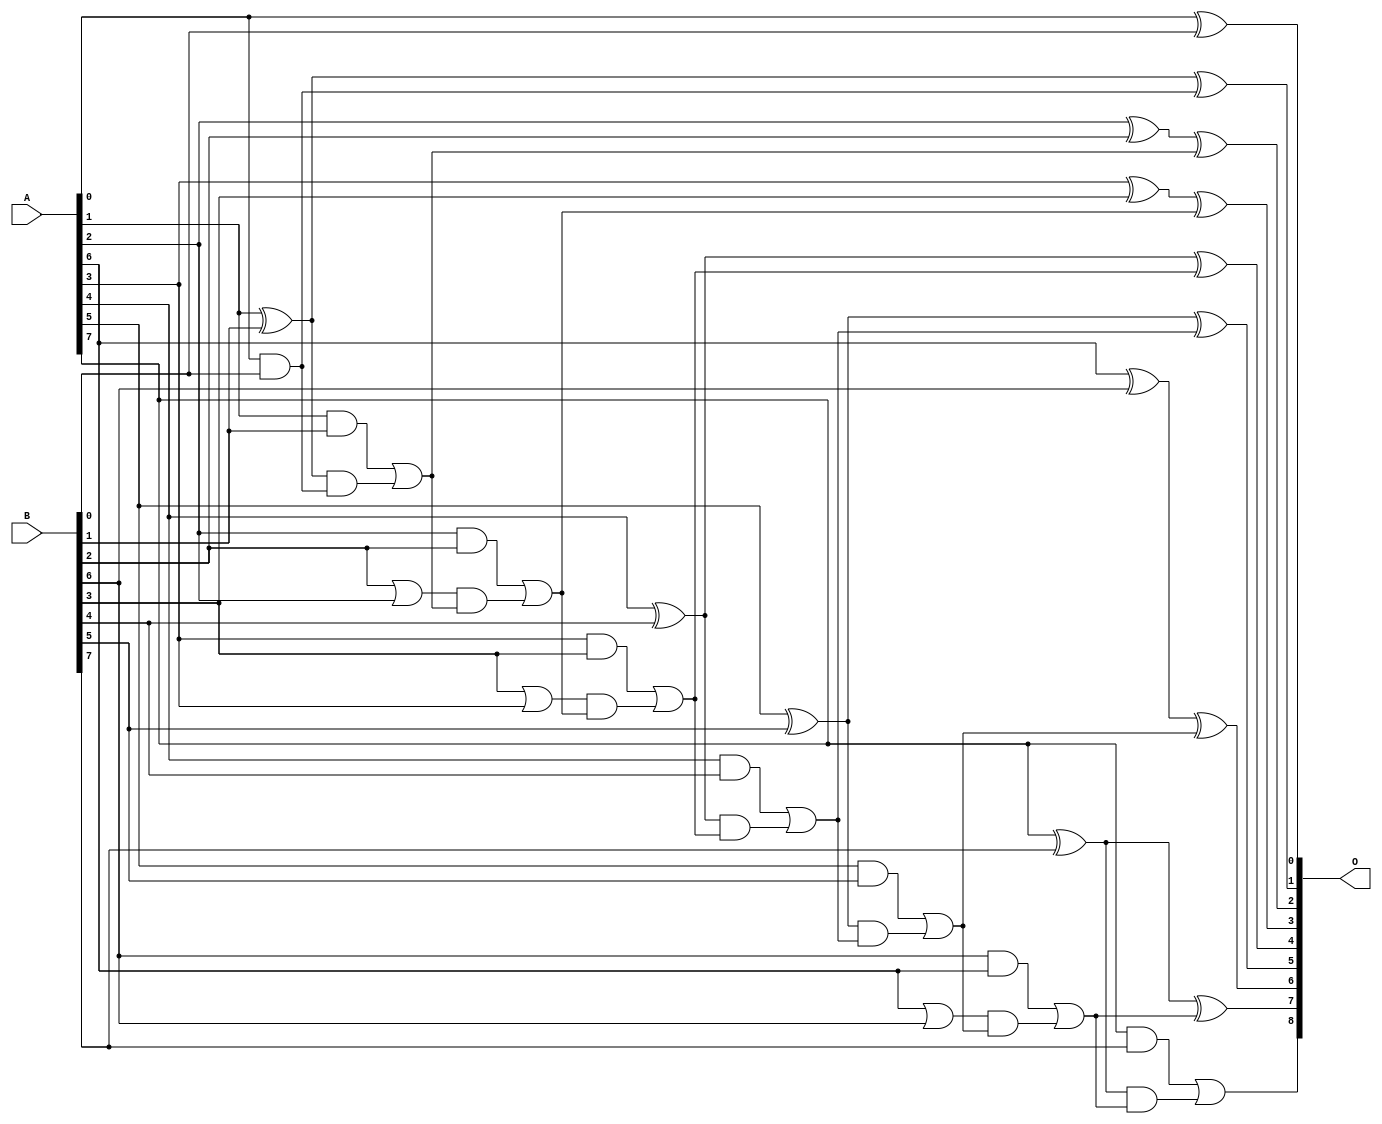
/***
* This code is a part of EvoApproxLib library (ehw.fit.vutbr.cz/approxlib) distributed under The MIT License.
* When used, please cite the following article(s): PRABAKARAN B. S., MRAZEK V., VASICEK Z., SEKANINA L., SHAFIQUE M. ApproxFPGAs: Embracing ASIC-based Approximate Arithmetic Components for FPGA-Based Systems. DAC 2020. 
***/
// MAE% = 0.00 %
// MAE = 0 
// WCE% = 0.00 %
// WCE = 0 
// WCRE% = 0.00 %
// EP% = 0.00 %
// MRE% = 0.00 %
// MSE = 0 
// FPGA_POWER = 0.36
// FPGA_DELAY = 7.2
// FPGA_LUT = 11

module add8u_3LC(A, B, O);
  input [7:0] A, B;
  output [8:0] O;
  wire n_199, n_194, n_118, n_37, n_21, n_46, n_26, n_43, n_151, n_48;
  wire n_161, n_80, n_86, n_145, n_64, n_63, n_140, n_129, n_205, n_102;
  wire n_107, n_183, n_188, n_8, n_9, n_4, n_5, n_6, n_7, n_0;
  wire n_1, n_2, n_3, n_32, n_35, n_19, n_16, n_14, n_15, n_12;
  wire n_13, n_10, n_11, n_172, n_97, n_59, n_91, n_53, n_178, n_113;
  wire n_70, n_156, n_210, n_75, n_124, n_134;
  assign n_0 = A[0];
  assign n_1 = A[1];
  assign n_2 = A[2];
  assign n_3 = A[3];
  assign n_4 = A[4];
  assign n_5 = A[5];
  assign n_6 = A[6];
  assign n_7 = A[7];
  assign n_8 = B[0];
  assign n_9 = B[1];
  assign n_10 = B[2];
  assign n_11 = B[3];
  assign n_12 = B[4];
  assign n_13 = B[5];
  assign n_14 = B[6];
  assign n_15 = B[7];
  assign n_16 = n_0 ^ n_8;
  assign n_19 = n_11 | n_3;
  assign n_21 = n_0 & n_8;
  assign n_26 = n_1 ^ n_9;
  assign n_32 = n_1 & n_9;
  assign n_35 = n_6 | n_14;
  assign n_37 = n_26 & n_21;
  assign n_43 = n_26 ^ n_21;
  assign n_46 = n_10 | n_2;
  assign n_48 = n_32 | n_37;
  assign n_53 = n_2 ^ n_10;
  assign n_59 = n_2 & n_10;
  assign n_63 = n_14 & n_6;
  assign n_64 = n_46 & n_48;
  assign n_70 = n_53 ^ n_48;
  assign n_75 = n_59 | n_64;
  assign n_80 = n_3 ^ n_11;
  assign n_86 = n_3 & n_11;
  assign n_91 = n_19 & n_75;
  assign n_97 = n_80 ^ n_75;
  assign n_102 = n_86 | n_91;
  assign n_107 = n_4 ^ n_12;
  assign n_113 = n_4 & n_12;
  assign n_118 = n_107 & n_102;
  assign n_124 = n_107 ^ n_102;
  assign n_129 = n_113 | n_118;
  assign n_134 = n_5 ^ n_13;
  assign n_140 = n_5 & n_13;
  assign n_145 = n_134 & n_129;
  assign n_151 = n_134 ^ n_129;
  assign n_156 = n_140 | n_145;
  assign n_161 = n_6 ^ n_14;
  assign n_172 = n_35 & n_156;
  assign n_178 = n_161 ^ n_156;
  assign n_183 = n_63 | n_172;
  assign n_188 = n_7 ^ n_15;
  assign n_194 = n_7 & n_15;
  assign n_199 = n_188 & n_183;
  assign n_205 = n_188 ^ n_183;
  assign n_210 = n_194 | n_199;
  assign O[0] = n_16;
  assign O[1] = n_43;
  assign O[2] = n_70;
  assign O[3] = n_97;
  assign O[4] = n_124;
  assign O[5] = n_151;
  assign O[6] = n_178;
  assign O[7] = n_205;
  assign O[8] = n_210;
endmodule